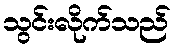
သွင်းလိုက်သည်